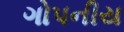
ગોપનીય